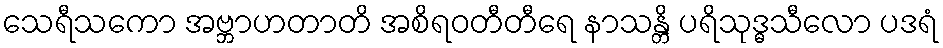
သေရီသကော အဗ္ဘာဟတာတိ အစိရဝတီတီရေ နာသန္တိ ပရိသုဒ္ဓသီလော ပဒရံ